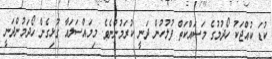
ކުޑަ ކުއްޖަކު ހޯދުމުގެ މަސައްކަތް ފުލުހުން ދަނީ ކުރަމުންނެވެ. މިމައްސަލައާ ގުޅިގެން ހޯދަމުންދަނީ